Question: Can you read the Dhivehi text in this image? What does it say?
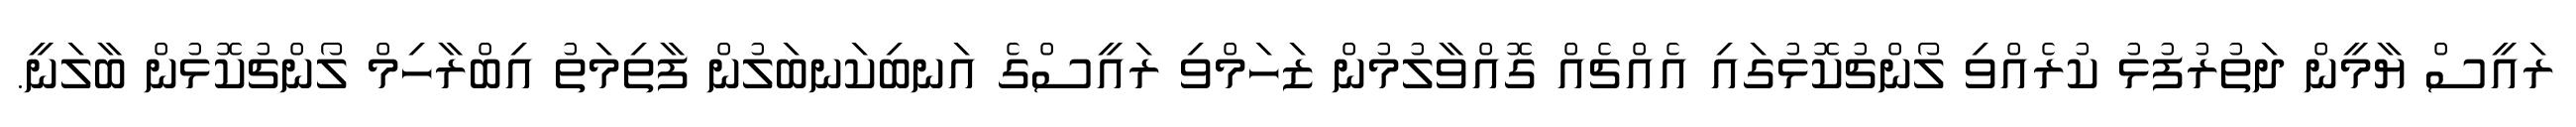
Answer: ރައީސް ޔާމީން ދަތުރުފުޅު ކުރެއްވި ލޯންޗުކޮޅުގައި އެއްޗެއް ގޮއްވާލުމުން ޒަހަމްވި ރައީސްގެ އަނބިކަނބަލުން ފާތިމަތު އިބްރާހިމް ލޯންޗުކޮޅުން ބާލަނީ.